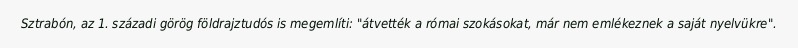
Sztrabón, az 1. századi görög földrajztudós is megemlíti: "átvették a római szokásokat, már nem emlékeznek a saját nyelvükre".